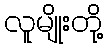
လူမျိုးတို့